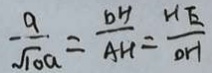
\frac { a } { \sqrt { 1 0 } a } = \frac { D H } { A H } = \frac { H E } { O H }